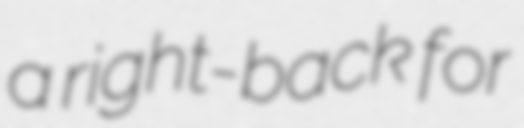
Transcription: a right-back for